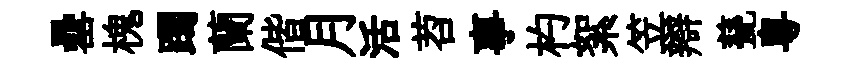
罍槐躅蘭偕月活苕事杓絮笠辯甆粵